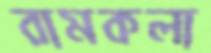
রামকলা